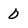
Character: 0